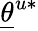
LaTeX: \underline{{\theta}}^{u*}